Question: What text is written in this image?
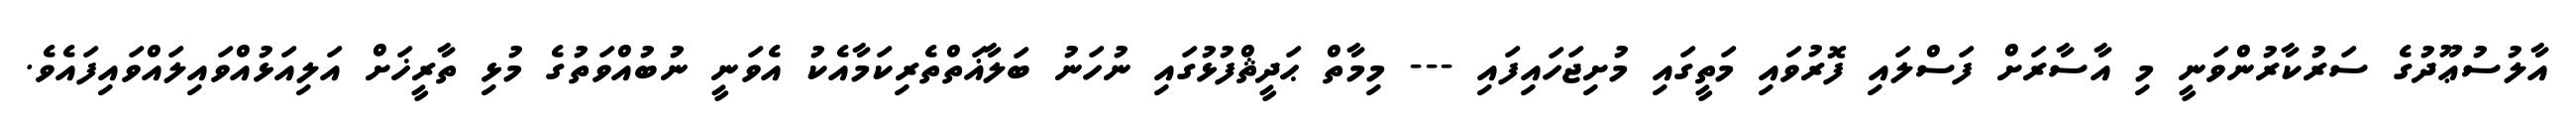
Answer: އާލުސުޢޫދުގެ ސަރުކާރުންވަނީ މި އާސާރަށް ފަސްލައި ފޮރުވައި މަތީގައި މުށިޖަހައިފައި --- މިމާތް ޙަދީޘްފުޅުގައި ނުހަނު ބަލާޣަތްތެރިކަމާއެކު އެވަނީ ނުބުއްވަތުގެ މުޅި ތާރީޚަށް އަލިއަޅުއްވައިލައްވައިފައެވެ.